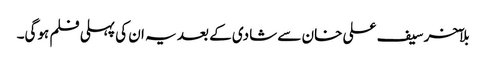
بلآخر سیف علی خان سے شادی کے بعد یہ ان کی پہلی فلم ہوگی۔